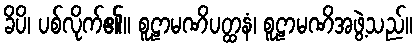
ခိပိ၊ ပစ်လိုက်၏။ စူဠာမဏိပတ္ထနံ၊ စူဠာမဏိအဖွဲ့သည်။